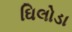
ઘિલોડા